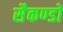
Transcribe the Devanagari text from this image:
सैकण्‍डों